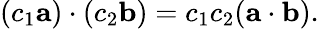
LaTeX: (c_{1}\mathbf{a})\cdot(c_{2}\mathbf{b})=c_{1}c_{2}(\mathbf{a}\cdot\mathbf{b}).